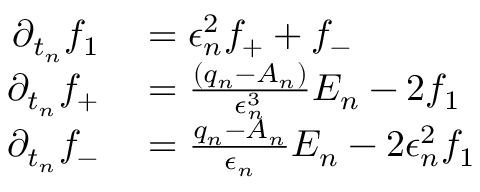
\begin{array} { r l } { \partial _ { t _ { n } } f _ { 1 } } & { { } = \epsilon _ { n } ^ { 2 } f _ { + } + f _ { - } } \\ { \partial _ { t _ { n } } f _ { + } } & { { } = \frac { ( q _ { n } - A _ { n } ) } { \epsilon _ { n } ^ { 3 } } E _ { n } - 2 f _ { 1 } } \\ { \partial _ { t _ { n } } f _ { - } } & { { } = \frac { q _ { n } - A _ { n } } { \epsilon _ { n } } E _ { n } - 2 \epsilon _ { n } ^ { 2 } f _ { 1 } } \end{array}